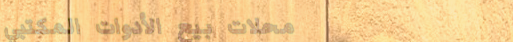
محلات بيع الأدوات المكتبي